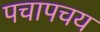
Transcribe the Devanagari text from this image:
पचापचय